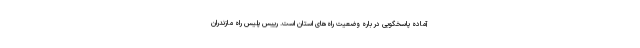
آماده پاسخگویی در باره وضعیت راه‌های استان است. رییس پلیس راه مازندران